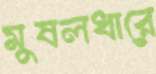
মুষলধারে